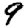
Digit: 9